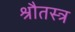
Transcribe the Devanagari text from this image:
श्रौतस्त्र